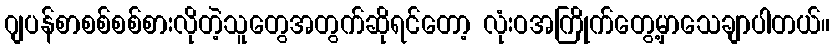
ဂျပန်စာစစ်စစ်စားလိုတဲ့သူတွေအတွက်ဆိုရင်တော့ လုံးဝအကြိုက်တွေ့မှာသေချာပါတယ်။